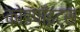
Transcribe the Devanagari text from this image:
कोडपॉइंट्स